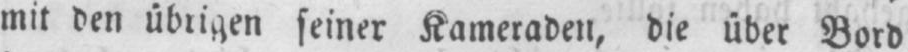
mit den übrigen seiner Kameraden, die über Bord